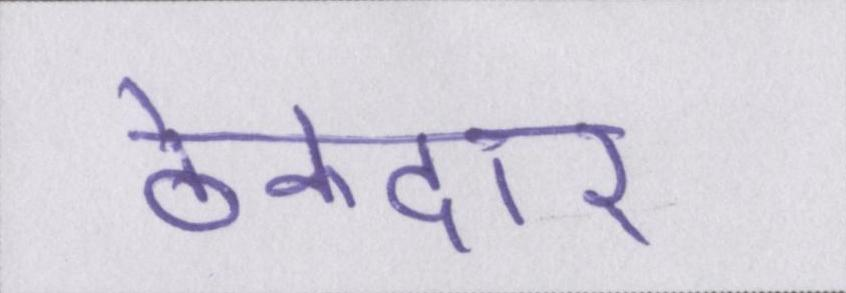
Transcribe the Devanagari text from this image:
ठेकेदार